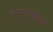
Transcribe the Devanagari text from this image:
वास्तोष्पतये